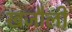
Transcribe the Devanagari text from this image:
खजौली